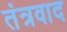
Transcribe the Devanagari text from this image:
तंत्रवाद